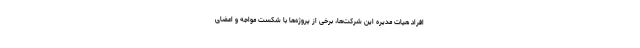
افراد هیات مدیره این شرکت‌ها، برخی از پروژه‌ها با شکست مواجه و اعضای